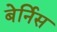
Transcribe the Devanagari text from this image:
बेर्निस